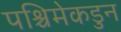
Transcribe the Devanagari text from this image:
पश्चिमेकडुन